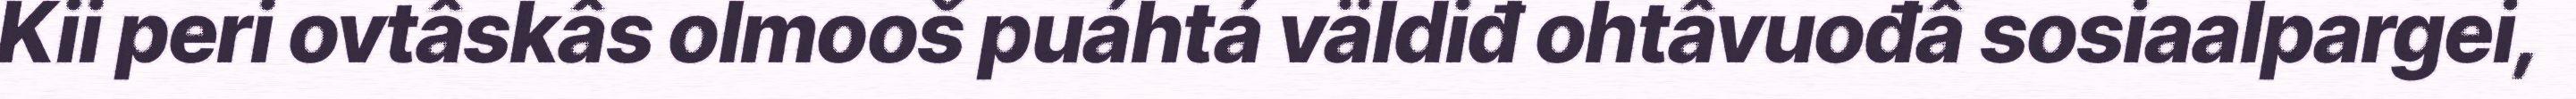
Kii peri ovtâskâs olmooš puáhtá väldiđ ohtâvuođâ sosiaalpargei,